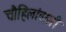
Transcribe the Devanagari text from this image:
चौहिलांवाली